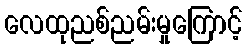
လေထုညစ်ညမ်းမှုကြောင့်